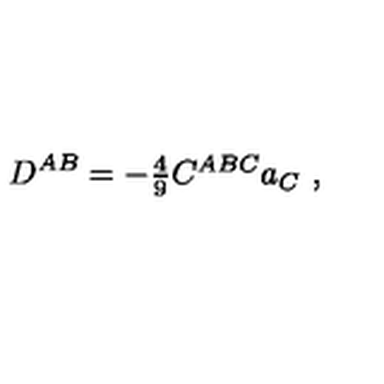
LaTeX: D ^ { A B } = - \textstyle { \frac { 4 } { 9 } } C ^ { A B C } a _ { C } \ ,